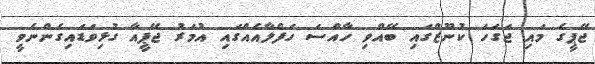
ޖޭޕީގެ މައި ޖަގަހަ ކުނޫޒްގައި ބޭއްވި ހާއްސަ ހަފްލާއެއްގައި އުމަރު ޖޭޕީއާ ގުޅިވަޑައިގެންނެވީ